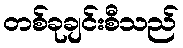
တစ်ခုချင်းစီသည်